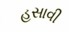
હસાવી